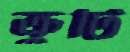
ক্রুটি